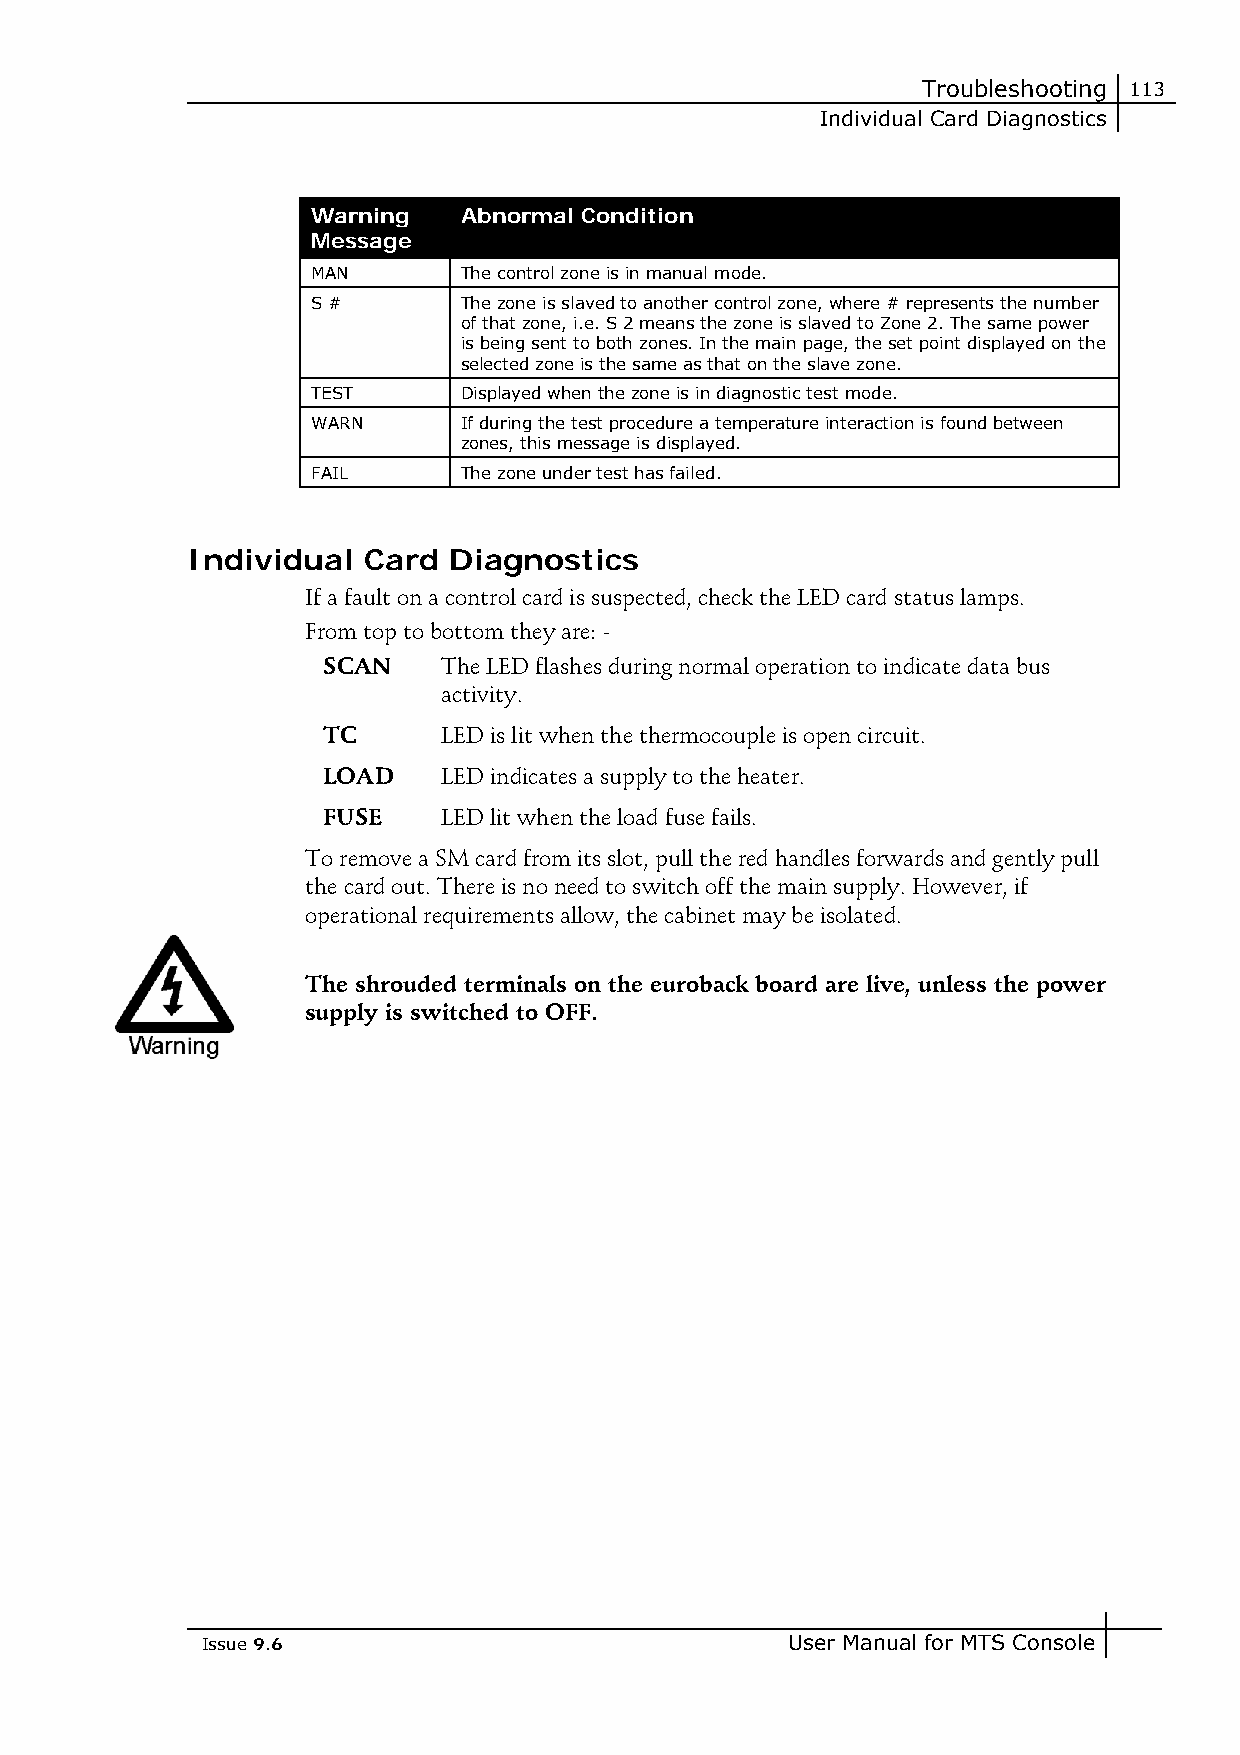
Troubleshooting 113
 Individual Card Diagnostics
 Warning   Abnormal Condition
 Message
 MAN       The control zone is in manual mode.
 S #       The zone is slaved to another control zone, where # represents the number
 of that zone, i.e. S 2 means the zone is slaved to Zone 2. The same power
 is being sent to both zones. In the main page, the set point displayed on the
 selected zone is the same as that on the slave zone.
 TEST      Displayed when the zone is in diagnostic test mode.
 WARN      If during the test procedure a temperature interaction is found between
 zones, this message is displayed.
 FAIL      The zone under test has failed.
 Individual  Card  Diagnostics
 If a fault on a control card is suspected, check the LED card status lamps.
 From top to bottom they are: -
 SCAN    The LED flashes during normal operation to indicate data bus
 activity.
 TC      LED is lit when the thermocouple is open circuit.
 LOAD    LED indicates a supply to the heater.
 FUSE    LED lit when the load fuse fails.
 To remove a SM card from its slot, pull the red handles forwards and gently pull
 the card out. There is no need to switch off the main supply. However, if
 operational requirements allow, the cabinet may be isolated.
 The shrouded terminals on the euroback board are live, unless the power
 supply is switched to OFF.
 Issue 9.6                              User Manual for MTS Console